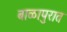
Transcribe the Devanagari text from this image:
बाळापुरात